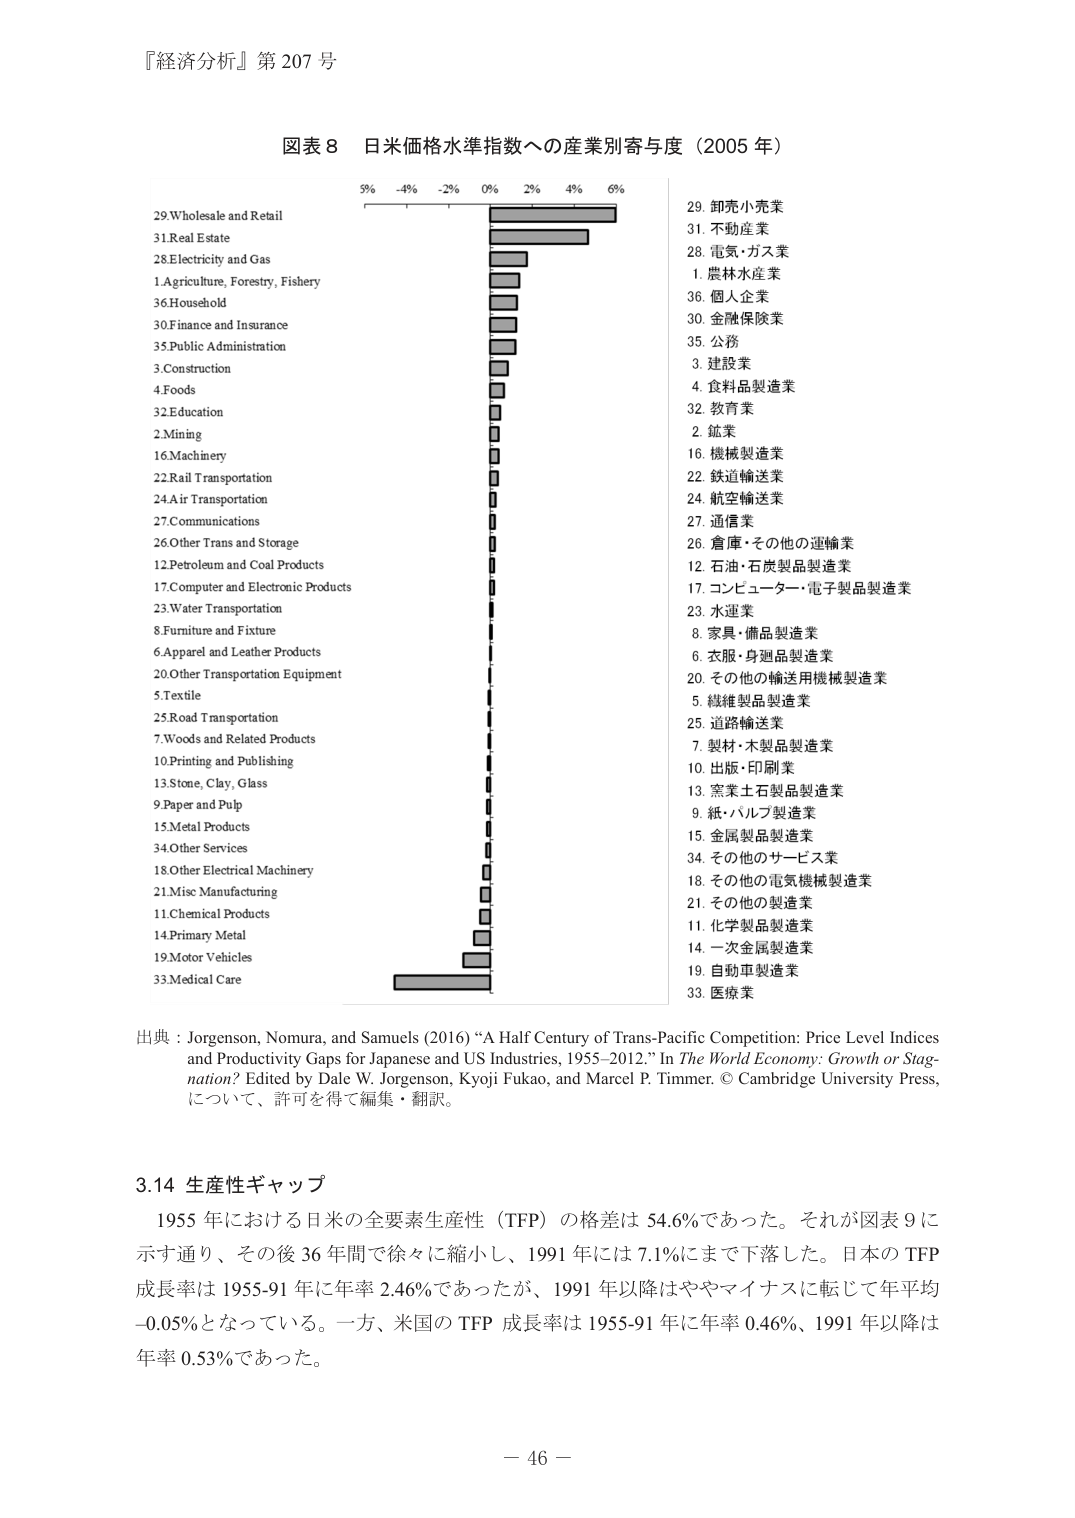
『経済分析』第 207 号

図表 8 日米価格水準指数への産業別寄与度（2005 年）

29. Wholesale and Retail
31. Real Estate
28. Electricity and Gas
1. Agriculture, Forestry, Fishery
36. Household
30. Finance and Insurance
35. Public Administration
3. Construction
4. Foods
32. Education
2. Mining
16. Machinery
22. Rail Transportation
24. Air Transportation
27. Communications
26. Other Trans and Storage
12. Petroleum and Coal Products
17. Computer and Electronic Products
23. Water Transportation
8. Furniture and Fixture
6. Apparel and Leather Products
20. Other Transportation Equipment
5. Textile
25. Road Transportation
7. Woods and Related Products
10. Printing and Publishing
13. Stone, Clay, Glass
9. Paper and Pulp
15. Metal Products
34. Other Services
18. Other Electrical Machinery
21. Misc Manufacturing
11. Chemical Products
14. Primary Metal
19. Motor Vehicles
33. Medical Care

29. 卸売小売業
31. 不動産業
28. 電気・ガス業
1. 農林水産業
36. 個人企業
30. 金融保険業
35. 公務
3. 建設業
4. 食料品製造業
32. 教育業
2. 鉱業
16. 機械製造業
22. 鉄道輸送業
24. 航空輸送業
27. 通信業
26. 倉庫・その他の運輸業
12. 石油・石炭製品製造業
17. コンピューター・電子製品製造業
23. 水運業
8. 家具・備品製造業
6. 衣服・身週品製造業
20. その他の輸送用機械製造業
5. 繊維製品製造業
25. 道路輸送業
7. 製材・木製品製造業
10. 出版・印刷業
13. 窯業土石製品製造業
9. 紙・パルプ製造業
15. 金属製品製造業
34. その他のサービス業
18. その他の電気機械製造業
21. その他の製造業
11. 化学製品製造業
14. 一次金属製造業
19. 自動車製造業
33. 医療業

出典：Jorgenson, Nomura, and Samuels (2016) “A Half Century of Trans-Pacific Competition: Price Level Indices and Productivity Gaps for Japanese and US Industries, 1955–2012.” In The World Economy: Growth or Stagnation? Edited by Dale W. Jorgenson, Kyoji Fukao, and Marcel P. Timmer. © Cambridge University Press, について、許可を得て編集・翻訳。

3.14 生産性ギャップ
1955 年における日米の全要素生産性（TFP）の格差は 54.6%であった。それが図表 9 に示す通り、その後 36 年間で徐々に縮小し、1991 年には 7.1%にまで下落した。日本の TFP 成長率は 1955-91 年に年率 2.46%であったが、1991 年以降はややマイナスに転じて年平均 -0.05%となっている。一方、米国の TFP 成長率は 1955-91 年に年率 0.46%、1991 年以降は年率 0.53%であった。

－ 46 －